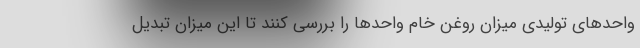
واحدهای تولیدی میزان روغن خام واحدها را بررسی کنند تا این میزان تبدیل